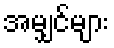
အမျှင်များ